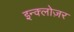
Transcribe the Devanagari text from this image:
इन्क्लोज़र